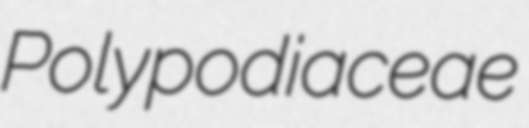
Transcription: Polypodiaceae